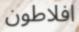
افلاطون